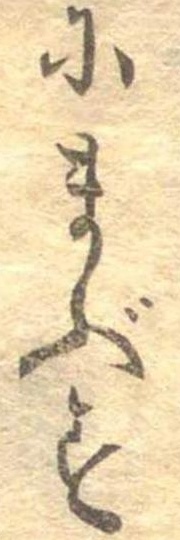
にまぶす